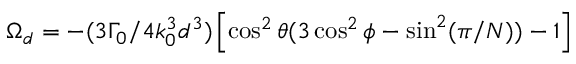
\Omega _ { d } = - ( 3 \Gamma _ { 0 } / 4 k _ { 0 } ^ { 3 } d ^ { 3 } ) \left[ \cos ^ { 2 } \theta ( 3 \cos ^ { 2 } \phi - \sin ^ { 2 } ( \pi / N ) ) - 1 \right]